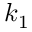
k _ { 1 }